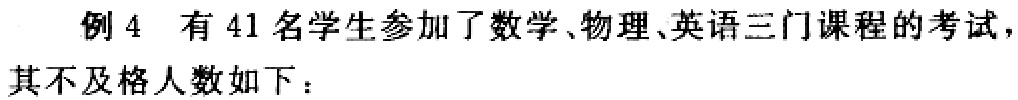
例4 有41名学生参加了数学、物理、英语三门课程的考试，其不及格人数如下：